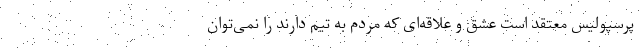
پرسپولیس معتقد است عشق و علاقه‌ای که مردم به تیم دارند را نمی‌توان